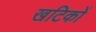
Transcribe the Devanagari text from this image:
खटिकों